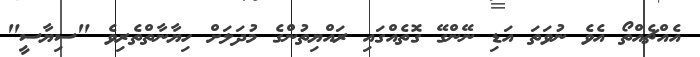
އެއްޗެއްތޯ އެވެ ނުވަތަ އަޑި ނޭންގޭ ގޮތެއްގައި ރައްޔިތުންގެ މުދަލަށް ހިޔާނާތްތެރިވެ "ސިޔާސީ"